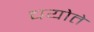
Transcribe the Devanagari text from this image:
चयोते